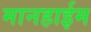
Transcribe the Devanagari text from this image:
मानहाईम